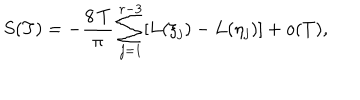
S ( T ) = - \frac { 8 \, T } { \pi } \sum _ { j = 1 } ^ { r - 3 } [ L ( \xi _ { j } ) - L ( \eta _ { j } ) ] + o ( T ) ,